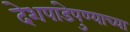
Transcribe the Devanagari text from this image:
देशपांडेपुण्याच्या